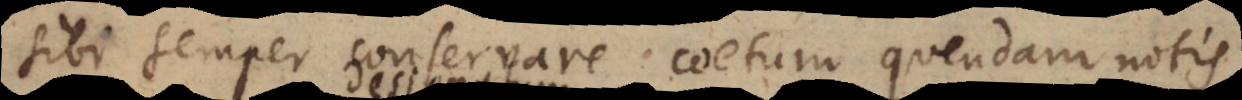
sibi semper conservare coetum quendam notis